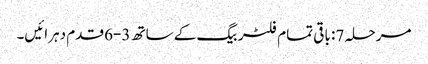
مرحلہ 7: باقی تمام فلٹر بیگ کے ساتھ 3-6 قدم دہرائیں۔